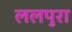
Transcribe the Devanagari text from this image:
ललपुरा